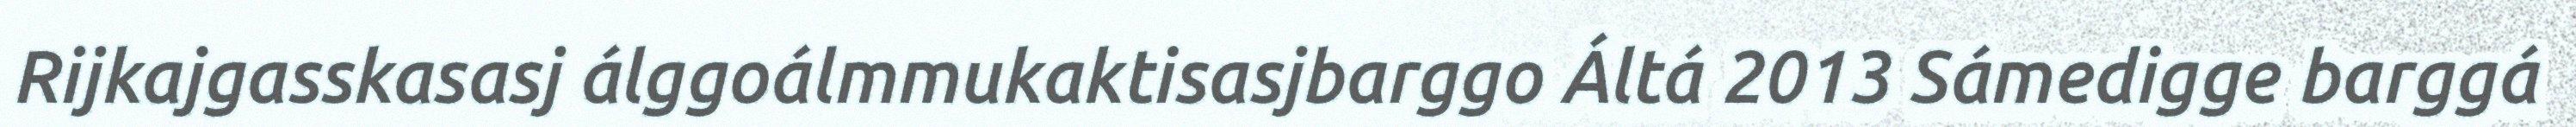
Rijkajgasskasasj álggoálmmukaktisasjbarggo Áltá 2013 Sámedigge barggá